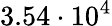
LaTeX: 3.54\cdot 10^{4}